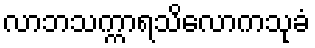
လာဘသက္ကာရသိလောကသုခံ